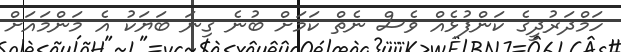
ހަމްދަރުދީގެ ކަންފުޅެއް ވެސް ނެތް ކަމަށް ބުނެ ގިނަ ބަޔަކު އެ މަންމައަށް